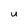
Character: U